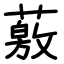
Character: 薂